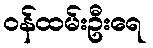
ဝန်ထမ်းဦးရေ